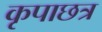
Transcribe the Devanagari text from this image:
कृपाछत्र